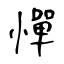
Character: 憚